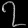
Digit: ၇